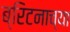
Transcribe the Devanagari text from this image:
ब्रिटनाच्या